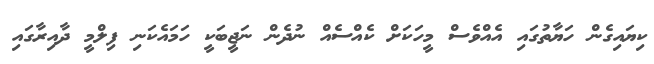
ކިޔައިގެން ހަޔާތުގައި އެއްވެސް މީހަކަށް ކެއްސެއް ނުދެން ނަޖީބަކީ ހަމައެކަނި ފިލްމީ ދާއިރާގައި